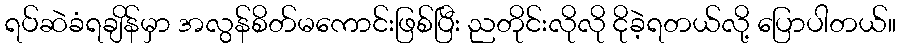
ရပ်ဆဲခံရချိန်မှာ အလွန်စိတ်မကောင်းဖြစ်ပြီး ညတိုင်းလိုလို ငိုခဲ့ရတယ်လို့ ပြောပါတယ်။